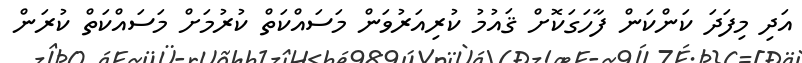
އަދި މިފަދަ ކަންކަން ފާހަގަކޮށް ޤައުމު ކުރިއަރުވަން މަސައްކަތް ކުރުމަށް މަސައްކަތް ކުރަން